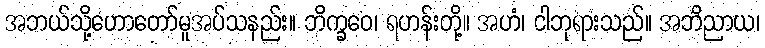
အဘယ်သို့ဟောတော်မူအပ်သနည်း။ ဘိက္ခဝေ၊ ရဟန်းတို့။ အဟံ၊ ငါဘုရားသည်။ အဘိညာယ၊